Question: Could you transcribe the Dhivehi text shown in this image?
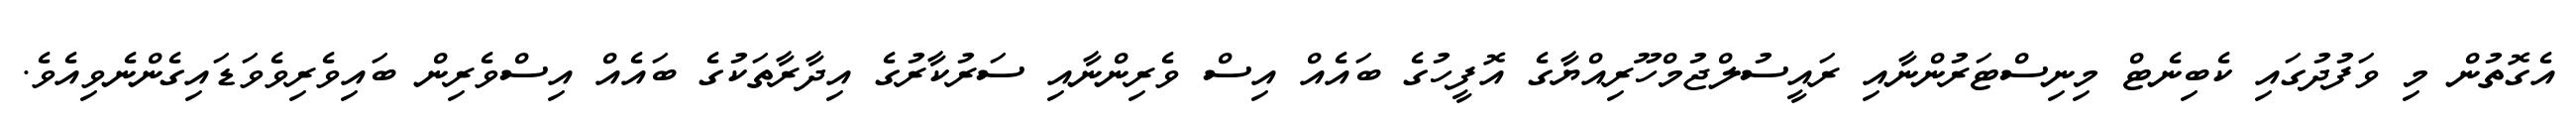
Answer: އެގޮތުން މި ވަފުދުގައި ކެބިނެޓް މިނިސްޓަރުންނާއި ރައީސުލްޖުމްހޫރިއްޔާގެ އޮފީހުގެ ބައެއް އިސް ވެރިންނާއި ސަރުކާރުގެ އިދާރާތަކުގެ ބައެއް އިސްވެރިން ބައިވެރިވެވަޑައިގެންނެވިއެވެ.